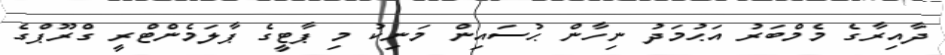
ދާއިރާގެ މެމްބަރު އަޙުމަދު ނިހާން ޙުސައިން މަނިކު މި ޕާޓީގެ ޕާލަމެންޓްރީ ގްރޫޕްގެ